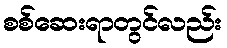
စစ်ဆေးရာတွင်လည်း